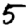
Digit: 5